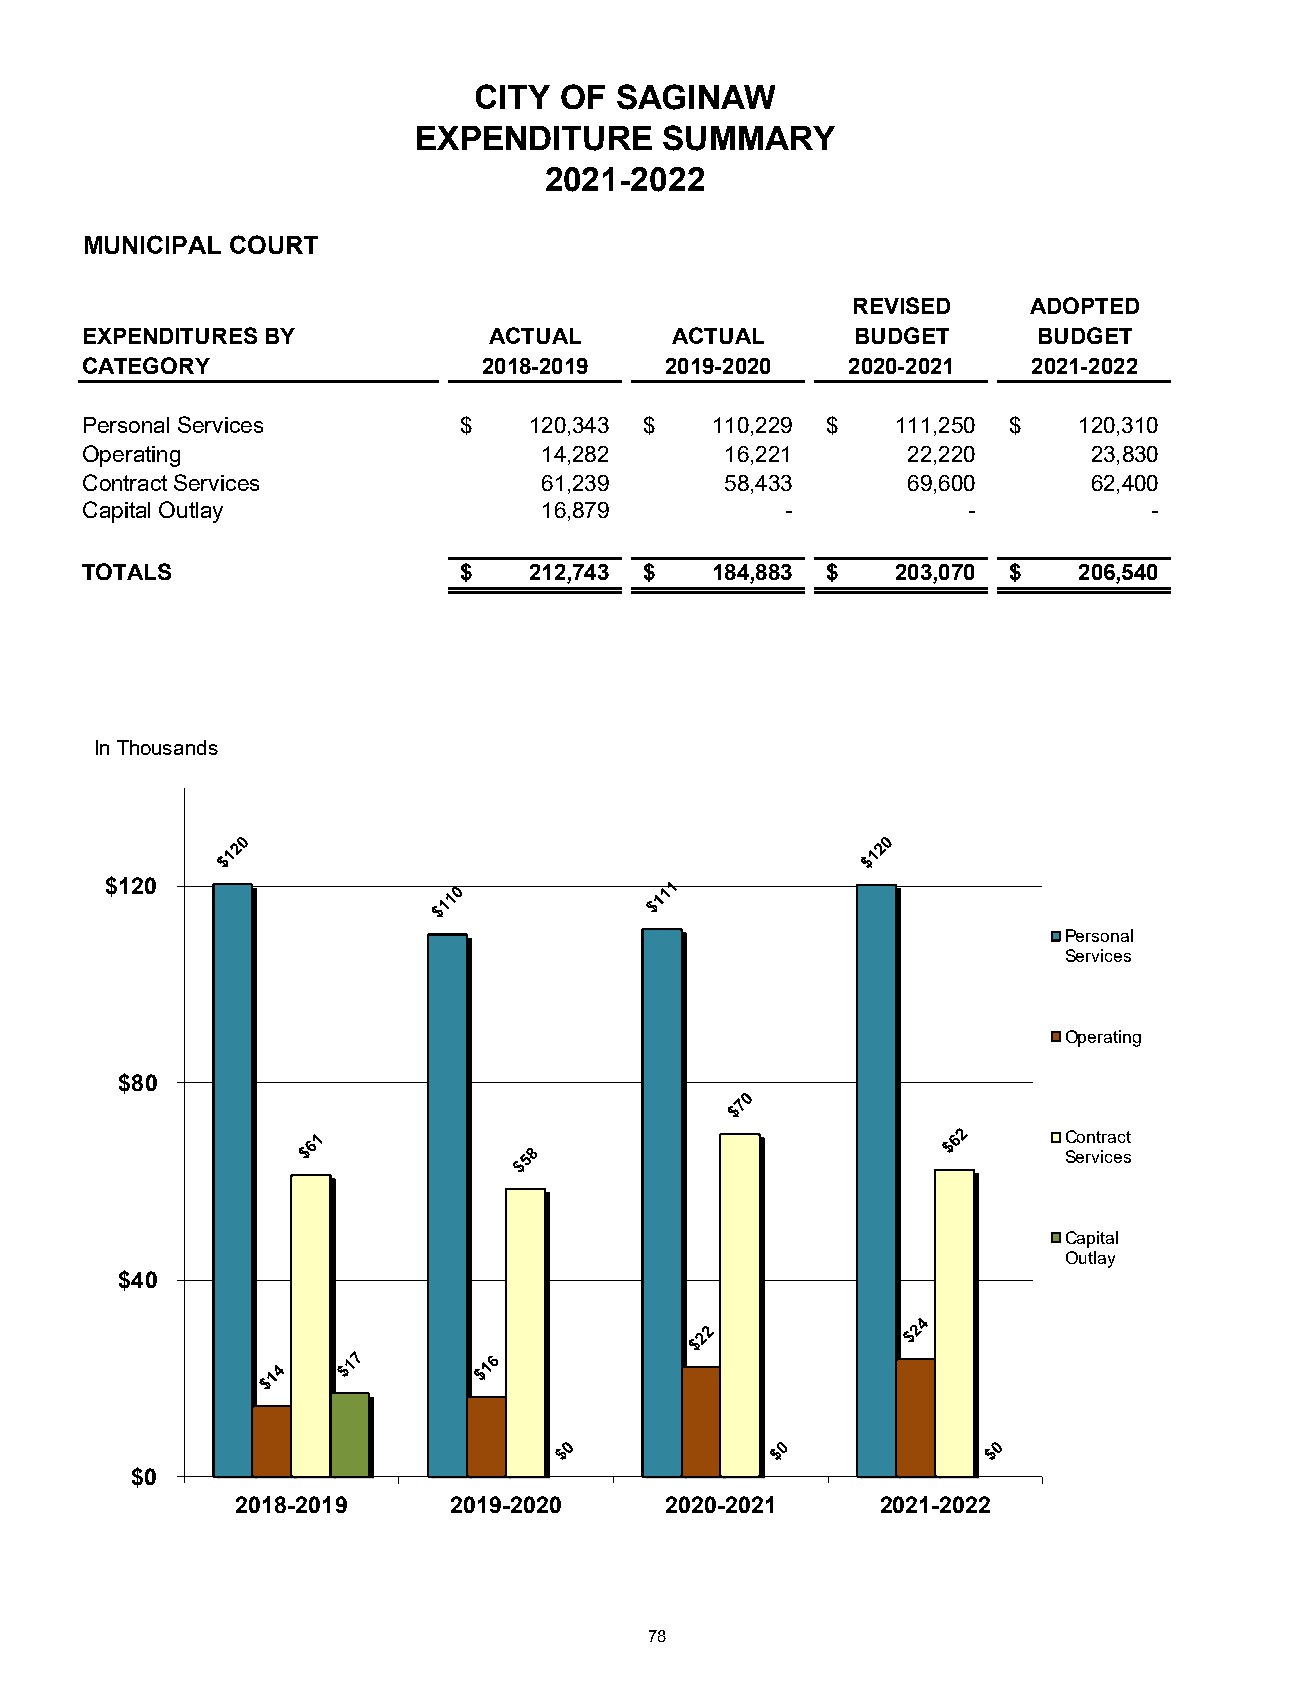
CITY  OF  SAGINAW
 EXPENDITURE      SUMMARY
 2021-2022
 MUNICIPAL COURT
 REVISED     ADOPTED
 EXPENDITURES BY            ACTUAL      ACTUAL       BUDGET      BUDGET
 CATEGORY                   2018-2019   2019-2020   2020-2021   2021-2022
 Personal Services        $    120,343 $   110,229 $   111,250 $   120,310
 Operating                      14,282      16,221      22,220      23,830
 Contract Services              61,239      58,433      69,600      62,400
 Capital Outlay                 16,879          -           -           -
 TOTALS                   $    212,743 $   184,883 $   203,070 $   206,540
 In Thousands
 $120
 Personal
 Services
 Operating
 $80
 Contract
 Services
 Capital
 Outlay
 $40
 $0
 2018-2019     2019-2020     2020-2021     2021-2022
 78